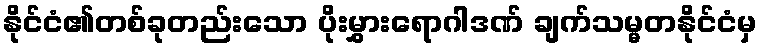
နိုင်ငံ၏တစ်ခုတည်းသော ပိုးမွှားရောဂါဒဏ် ချက်သမ္မတနိုင်ငံမှ